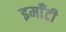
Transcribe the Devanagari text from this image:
इमाँटी